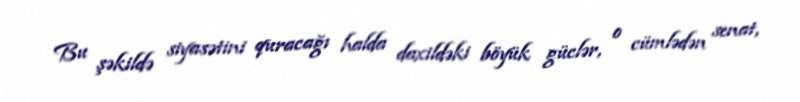
Bu şəkildə siyasətini quracağı halda daxildəki böyük güclər, o cümlədən senat,